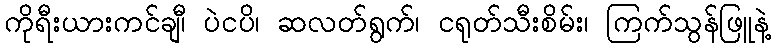
ကိုရီးယားကင်ချီ၊ ပဲငပိ၊ ဆလတ်ရွက်၊ ငရုတ်သီးစိမ်း၊ ကြက်သွန်ဖြူနဲ့